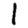
Digit: 1